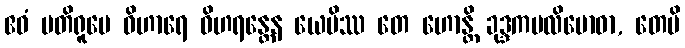
ဧဝံ ပတိရူပေ ဝိဟာရေ ဝိဟရန္တေန ယေပိဿ တေ ဟောန္တိ ခုဒ္ဒကပလိဗောဓာ, တေပိ